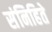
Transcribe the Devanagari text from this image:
संनिहिते